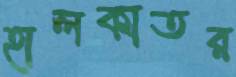
হালকাতর